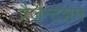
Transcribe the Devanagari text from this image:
प्रैजैन्टेशन